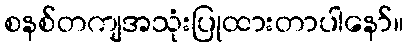
စနစ်တကျအသုံးပြုထားတာပါနော်။